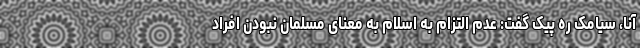
آنا، سیامک ره پیک گفت: عدم التزام به اسلام به معنای مسلمان نبودن افراد